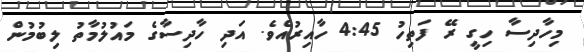
މިހާދިސާ ހިގީ ރޭ ފަތިހު 4:45 ހާއިރުއެވެ. އަދި ހާދިސާގެ މައުލުމާތު ލިބުމުން